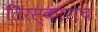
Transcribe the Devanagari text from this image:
तिरस्काराच